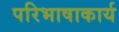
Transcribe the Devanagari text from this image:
परिभाषाकार्य